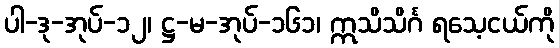
ပါ-ဒု-အုပ်-၁၂၊ ဋ္ဌ-မ-အုပ်-၁၆၁၊ ဣသိသိင်္ဂ ရသေ့ငယ်ကို